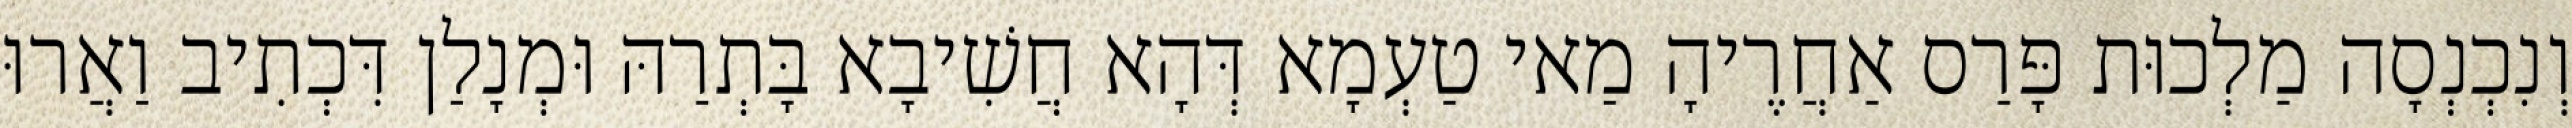
וְנִכְנְסָה מַלְכוּת פָּרַס אַחֲרֶיהָ מַאי טַעְמָא דְּהָא חֲשִׁיבָא בָּתְרַהּ וּמְנָלַן דִּכְתִיב וַאֲרוּ